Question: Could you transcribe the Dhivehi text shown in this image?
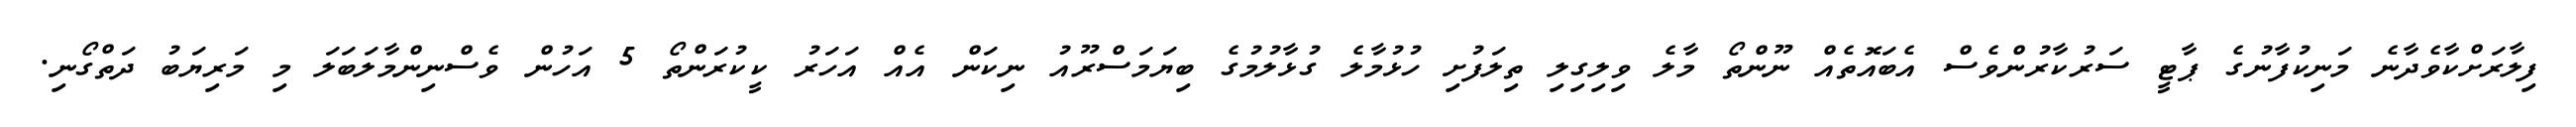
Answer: ފިލާރަށްކާވެދާނެ މަނިކުފާނުގެ ޕާޓީ ސަރުކާރުންވެސް އެބައޮތެއް ނޫންތޯ މާލެ ވިލިގިލި ތިލަފުށި ހުޅުމާލެ ގުޅާލުމުގެ ބިޔަމަސްރޫއު ނިކަން އެއް އަހަރު ކީކުރަންތޯ 5 އަހުން ވެސްނިންމާލަބަލަ މި މަރިޔަބު ދަތްގޯނި.